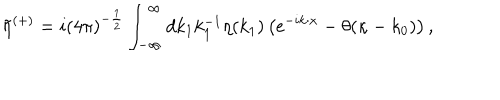
LaTeX: \tilde { \eta } ^ { ( + ) } = i ( 4 \pi ) ^ { - { \frac { 1 } { 2 } } } \int _ { - { \infty } } ^ { \infty } d k _ { 1 } k _ { 1 } ^ { - 1 } \eta ( k _ { 1 } ) \left( \mathrm { e } ^ { - i k \cdot x } - \theta ( \kappa - k _ { 0 } ) \right) ,